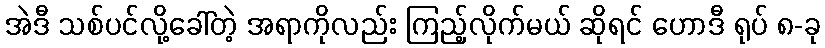
အဲဒီ သစ်ပင်လို့ခေါ်တဲ့ အရာကိုလည်း ကြည့်လိုက်မယ် ဆိုရင် ဟောဒီ ရုပ် ၈-ခု